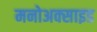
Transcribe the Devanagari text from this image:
मनोअक्‍साइड